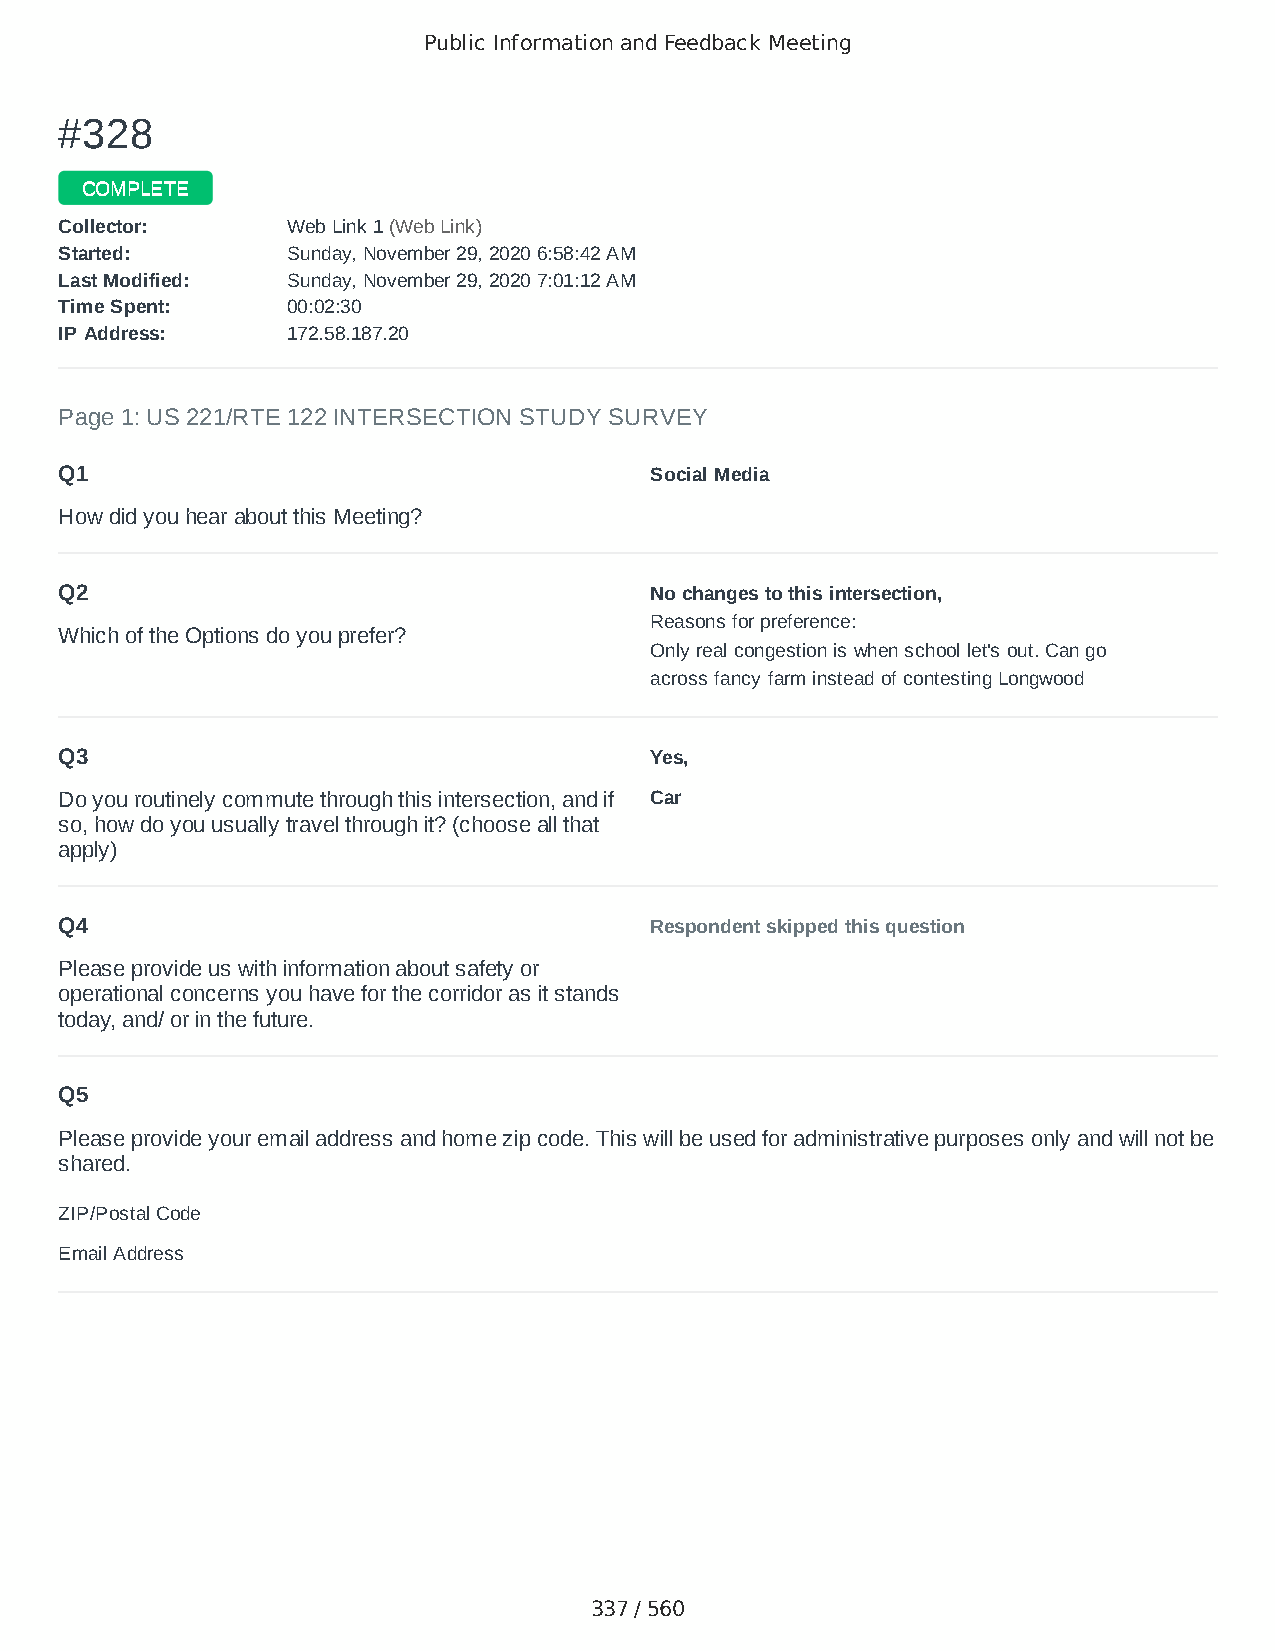
Public Information and Feedback Meeting
 ##332288
 CCOOMMPPLLEETTEE
 CCoolllleeccttoorr:: WWeebb LLiinnkk 11 ((WWeebb LLiinnkk))
 SSttaarrtteedd:: SSuunnddaayy,, NNoovveemmbbeerr 2299,, 22002200 66::5588::4422 AAMM
 LLaasstt MMooddiiffiieedd:: SSuunnddaayy,, NNoovveemmbbeerr 2299,, 22002200 77::0011::1122 AAMM
 TTiimmee SSppeenntt:: 0000::0022::3300
 IIPP AAddddrreessss:: 117722..5588..118877..2200
 Page 1: US 221/RTE 122 INTERSECTION STUDY SURVEY
 Q1                                     Social Media
 How did you hear about this Meeting?
 Q2                                     No changes to this intersection,
 Reasons for preference:
 Which of the Options do you prefer?
 Only real congestion is when school let's out. Can go
 across fancy farm instead of contesting Longwood
 Q3                                     Yes,
 Do you routinely commute through this intersection, and if Car
 so, how do you usually travel through it? (choose all that
 apply)
 Q4                                     Respondent skipped this question
 Please provide us with information about safety or
 operational concerns you have for the corridor as it stands
 today, and/ or in the future.
 Q5
 Please provide your email address and home zip code. This will be used for administrative purposes only and will not be
 shared.
 ZIP/Postal Code                        24523
 Email Address                          Laeona65@gmail.com
 337 / 560